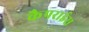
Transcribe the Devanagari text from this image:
कैपराईस